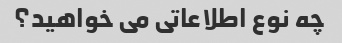
چه نوع اطلاعاتی می خواهید؟